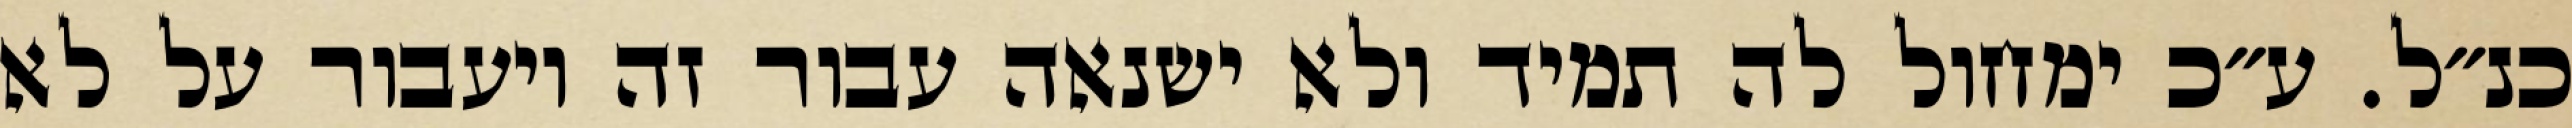
כנ״ל. ע״כ ימחול לה תמיד ולא ישנאה עבור זה ויעבור על לא